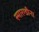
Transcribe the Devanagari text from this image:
स्मारग्डीना